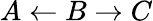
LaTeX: A\leftarrow B\rightarrow C